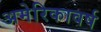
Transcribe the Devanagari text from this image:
अमेरिकावर्ष